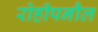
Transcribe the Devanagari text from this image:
रोहीपनौल